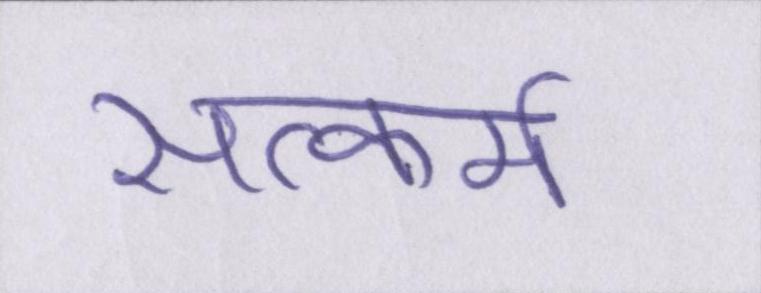
सत्कर्म